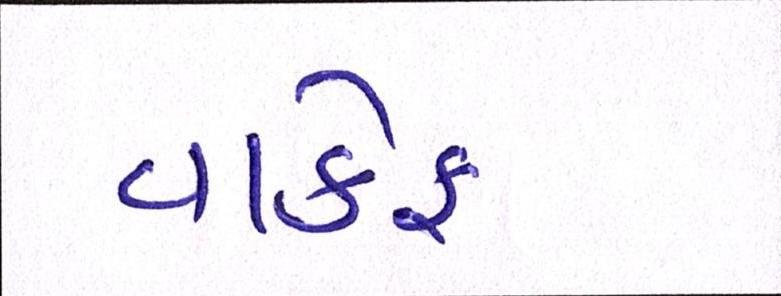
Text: વાકેફ